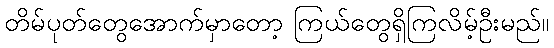
တိမ်ပုတ်တွေအောက်မှာတော့ ကြယ်တွေရှိကြလိမ့်ဦးမည်။